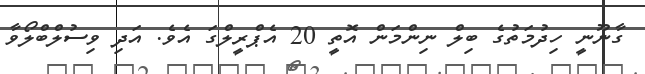
ގާނޫނީ ހިދުމަތުގެ ބިލް ނިންމަން އޮތީ 20 އެޕްރީލްގަ އެވެ. އަދި ވިސުލްބްލޯވާ